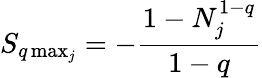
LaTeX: S_{q\operatorname*{max}_{j}}=-\frac{1-N_{j}^{1-q}}{1-q}